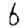
Digit: 6